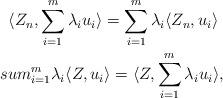
LaTeX: \begin{align*}\langle Z_n,\sum_{i=1}^m \lambda_i u_i \rangle = \sum_{i=1}^m \lambda_i \langle Z_n,u_i \rangle\ \\sum_{i=1}^m \lambda_i \langle Z ,u_i \rangle = \langle Z, \sum_{i=1}^m \lambda_i u_i \rangle,\end{align*}